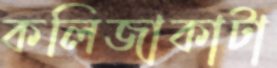
কলিজাকাটা